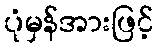
ပုံမှန်အားဖြင့်